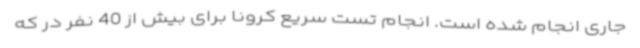
جاری انجام شده است. انجام تست سریع کرونا برای بیش از 40 نفر در که